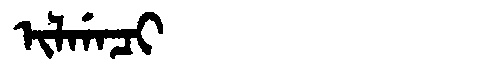
Manchu: ᡳᠯᡤᠠᠴᡳ
Romanization: ILGACI